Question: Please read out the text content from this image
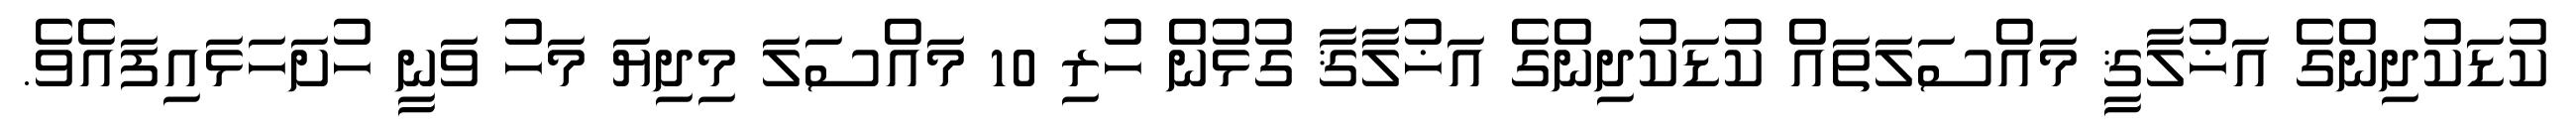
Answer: ކުޑަކުދިންގެ އަޚުލާޤީ މައްސަލަތައް ކުޑަކުދިންގެ އަޚުލާޤާ ގުޅުން ހުރި 10 މައްސަލަ މިދިޔަ މަހު ވަނީ ހުށަހަޅައިފައެވެ.